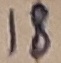
Text: 18